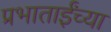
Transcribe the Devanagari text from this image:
प्रभाताईंच्या